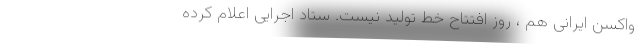
واکسن ایرانی هم ، روز افتتاح خط تولید نیست. ستاد اجرایی اعلام کرده